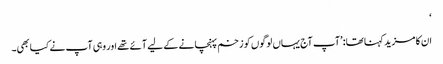
‘
ان کا مزید کہنا تھا: ’آپ آج یہاں لوگوں کو زخم پہنچانے کے لیے آئے تھے اور وہی آپ نے کیا بھی۔